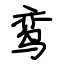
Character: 鸾